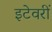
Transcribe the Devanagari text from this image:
इटेवरीं